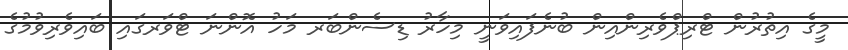
މީގެ އިތުރުން ޓްރިޕްވެރިންއިން ބުނެފައިވަނީ މިހާރު ޑިސެންބަރ މަހު އޮންނަ ޓްވަރގައި ބައިވެރިވުމުގެ